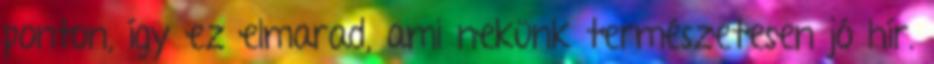
ponton, így ez elmarad, ami nekünk természetesen jó hír.